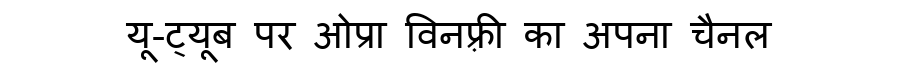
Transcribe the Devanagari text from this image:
यू-ट्यूब पर ओप्रा विनफ़्री का अपना चैनल